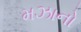
મઝાનો